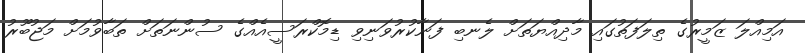
އަމިއްލަ ޒަމީރުގެ ތިލަފަތުގައި މާދިއްޔަތަށް ލެނބި ފަނާކުރުވަނިވި ޑިމޮކްރަސީއެއްގެ ސުންނަތަށް ތަބާވުމަށް މަޖުބޫރު